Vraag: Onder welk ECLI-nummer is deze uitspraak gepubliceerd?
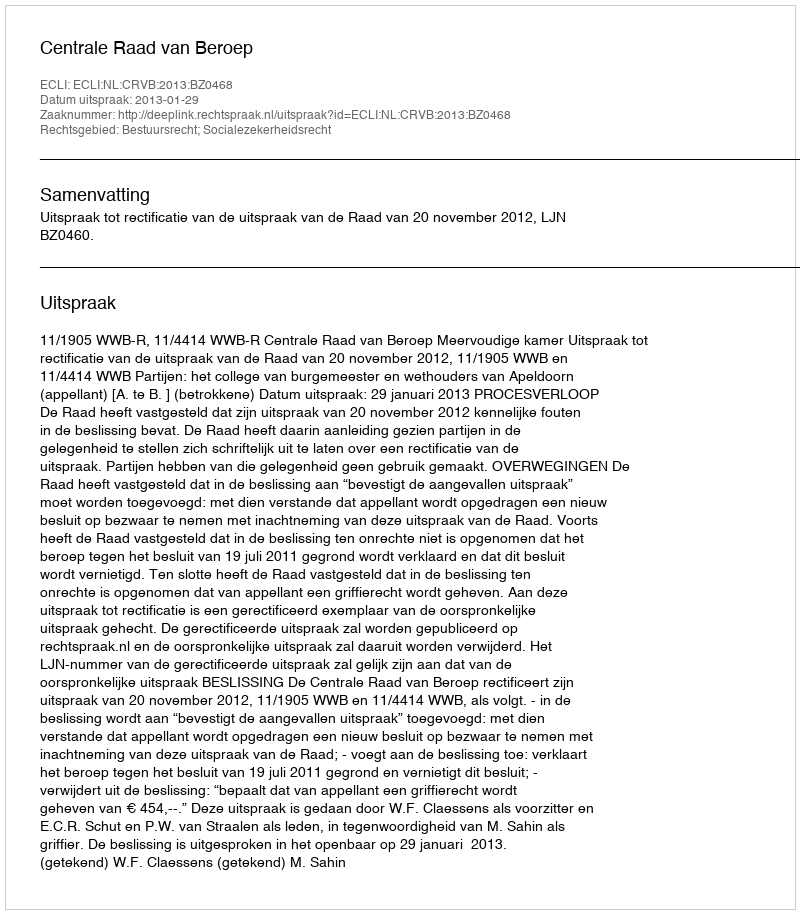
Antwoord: ECLI:NL:CRVB:2013:BZ0468